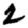
Digit: 2